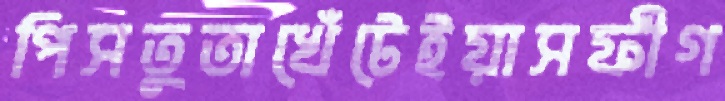
পিসতুতাখেঁটেইয়াসফীগ